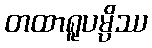
တထာရူပမ္ပိဿ